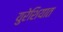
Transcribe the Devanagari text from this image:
युरेशियात